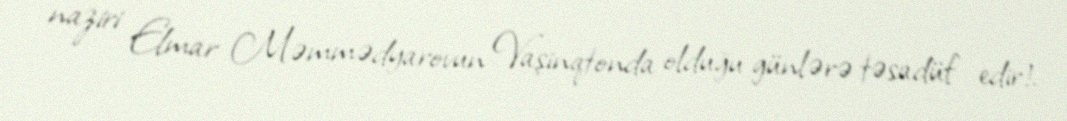
naziri Elmar Məmmədyarovun Vaşinqtonda olduğu günlərə təsadüf edir!.